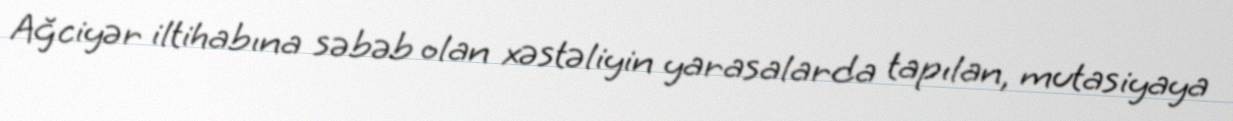
Ağciyər iltihabına səbəb olan xəstəliyin yarasalarda tapılan, mutasiyaya